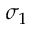
\sigma _ { 1 }